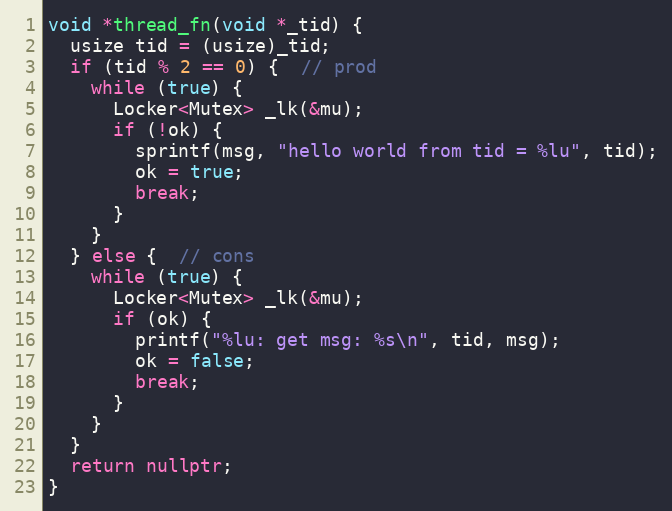
Language: C++
void *thread_fn(void *_tid) {
  usize tid = (usize)_tid;
  if (tid % 2 == 0) {  // prod
    while (true) {
      Locker<Mutex> _lk(&mu);
      if (!ok) {
        sprintf(msg, "hello world from tid = %lu", tid);
        ok = true;
        break;
      }
    }
  } else {  // cons
    while (true) {
      Locker<Mutex> _lk(&mu);
      if (ok) {
        printf("%lu: get msg: %s\n", tid, msg);
        ok = false;
        break;
      }
    }
  }
  return nullptr;
}